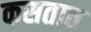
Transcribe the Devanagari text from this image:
कसतात